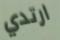
ارتدي